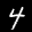
Label: 4